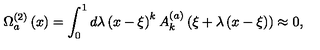
\Omega _ { a } ^ { \left( 2 \right) } \left( x \right) = \int _ { 0 } ^ { 1 } { d \lambda } \left( { x - \xi } \right) ^ { k } A _ { k } ^ { \left( a \right) } \left( { \xi + \lambda \left( { x - \xi } \right) } \right) \approx 0 ,